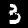
Label: 3